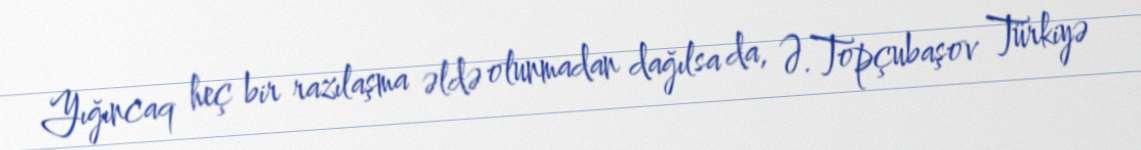
Yığıncaq heç bir razılaşma əldə olunmadan dağılsa da, Ə.Topçubaşov Türkiyə